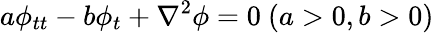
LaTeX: a\phi_{tt}-b\phi_{t}+\nabla^{2}\phi=0\ (a>0,b>0)